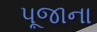
પૂજાના